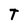
Character: T